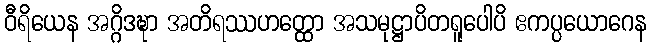
ဝီရိယေန အဂ္ဂိဒဍ္ဎာ အတိရဿဟတ္ထော အသမုဋ္ဌာပိတရူပေါပိ ဧကပ္ပယောဂေန